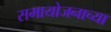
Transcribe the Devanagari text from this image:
समायोजनाच्या